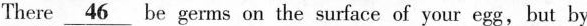
There \underline{46} be germs on the surface of your egg, but by